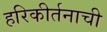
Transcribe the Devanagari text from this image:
हरिकीर्तनाची